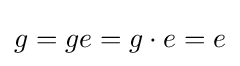
g=ge=g\cdot e=e